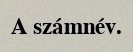
A számnév.